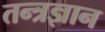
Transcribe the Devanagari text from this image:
तन्त्रज्ञान